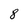
Character: 8